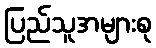
ပြည်သူအများစု